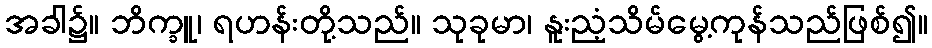
အခါ၌။ ဘိက္ခူ၊ ရဟန်းတို့သည်။ သုခုမာ၊ နူးညံ့သိမ်မွေ့ကုန်သည်ဖြစ်၍။